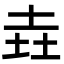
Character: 垚